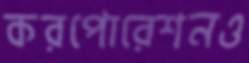
করপোরেশনও